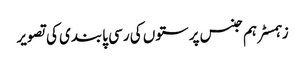
زہمسٹر ہم جنس پرستوں کی رسی پابندی کی تصویر